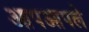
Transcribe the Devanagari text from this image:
आपआपले